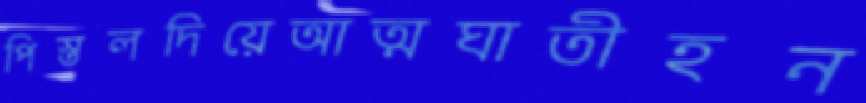
পিস্তলদিয়েআত্মঘাতীহন